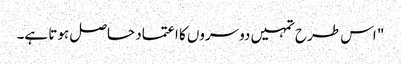
" اس طرح تمہیں دوسروں کا اعتماد حاصل ہوتا ہے۔